Elephants and their diseases
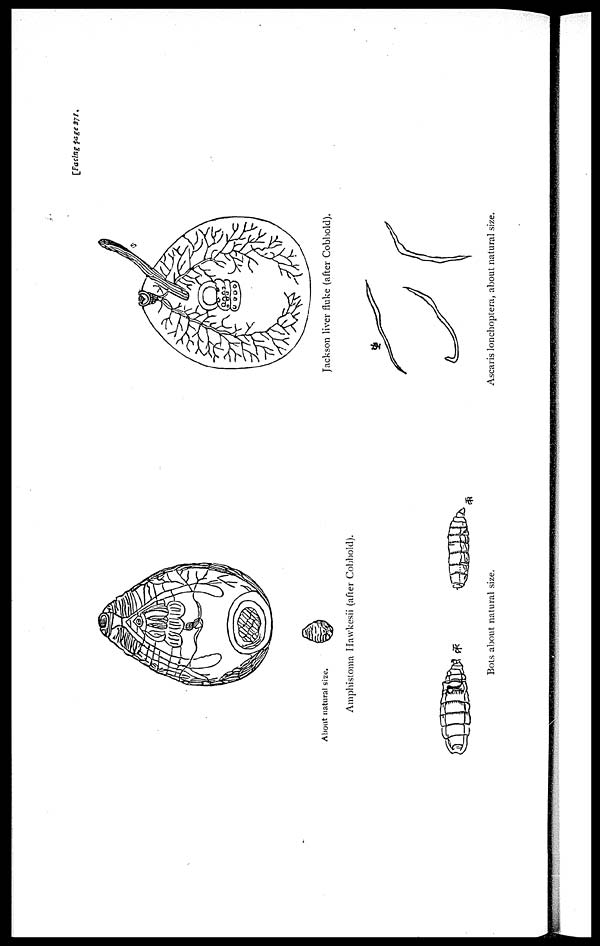
[Facing page 371.
Amphistoma Hawkesii (after Cobbold).
Jackson liver fluke (after Cobbold).
Bots about natural size.
Ascaris lonchoptera, about natural size.